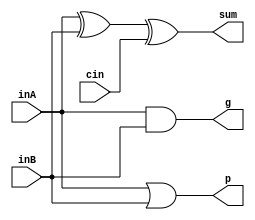
module full_add_cla(inA, inB, cin, g, p, sum);
	input inA, inB, cin;
	output g, p, sum;

	and g_and(g, inA, inB);
	or p_or(p, inA, inB);

	wire add1;
	xor xor_add1(add1, inA, inB);
	xor xor_add2(sum, add1, cin);

endmodule